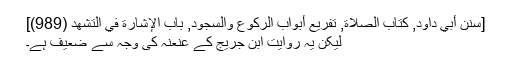
[سنن أبي داود, كتاب الصلاة, تفريع أبواب الركوع والسجود, باب الإشارة في التشهد (989)]
لیکن یہ روایت ابن جریج کے عنعنہ کی وجہ سے ضعیف ہے۔